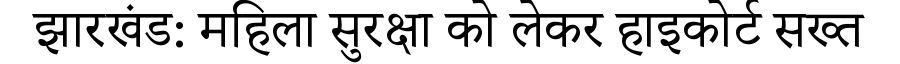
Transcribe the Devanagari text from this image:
झारखंड: महिला सुरक्षा को लेकर हाइकोर्ट सख्त